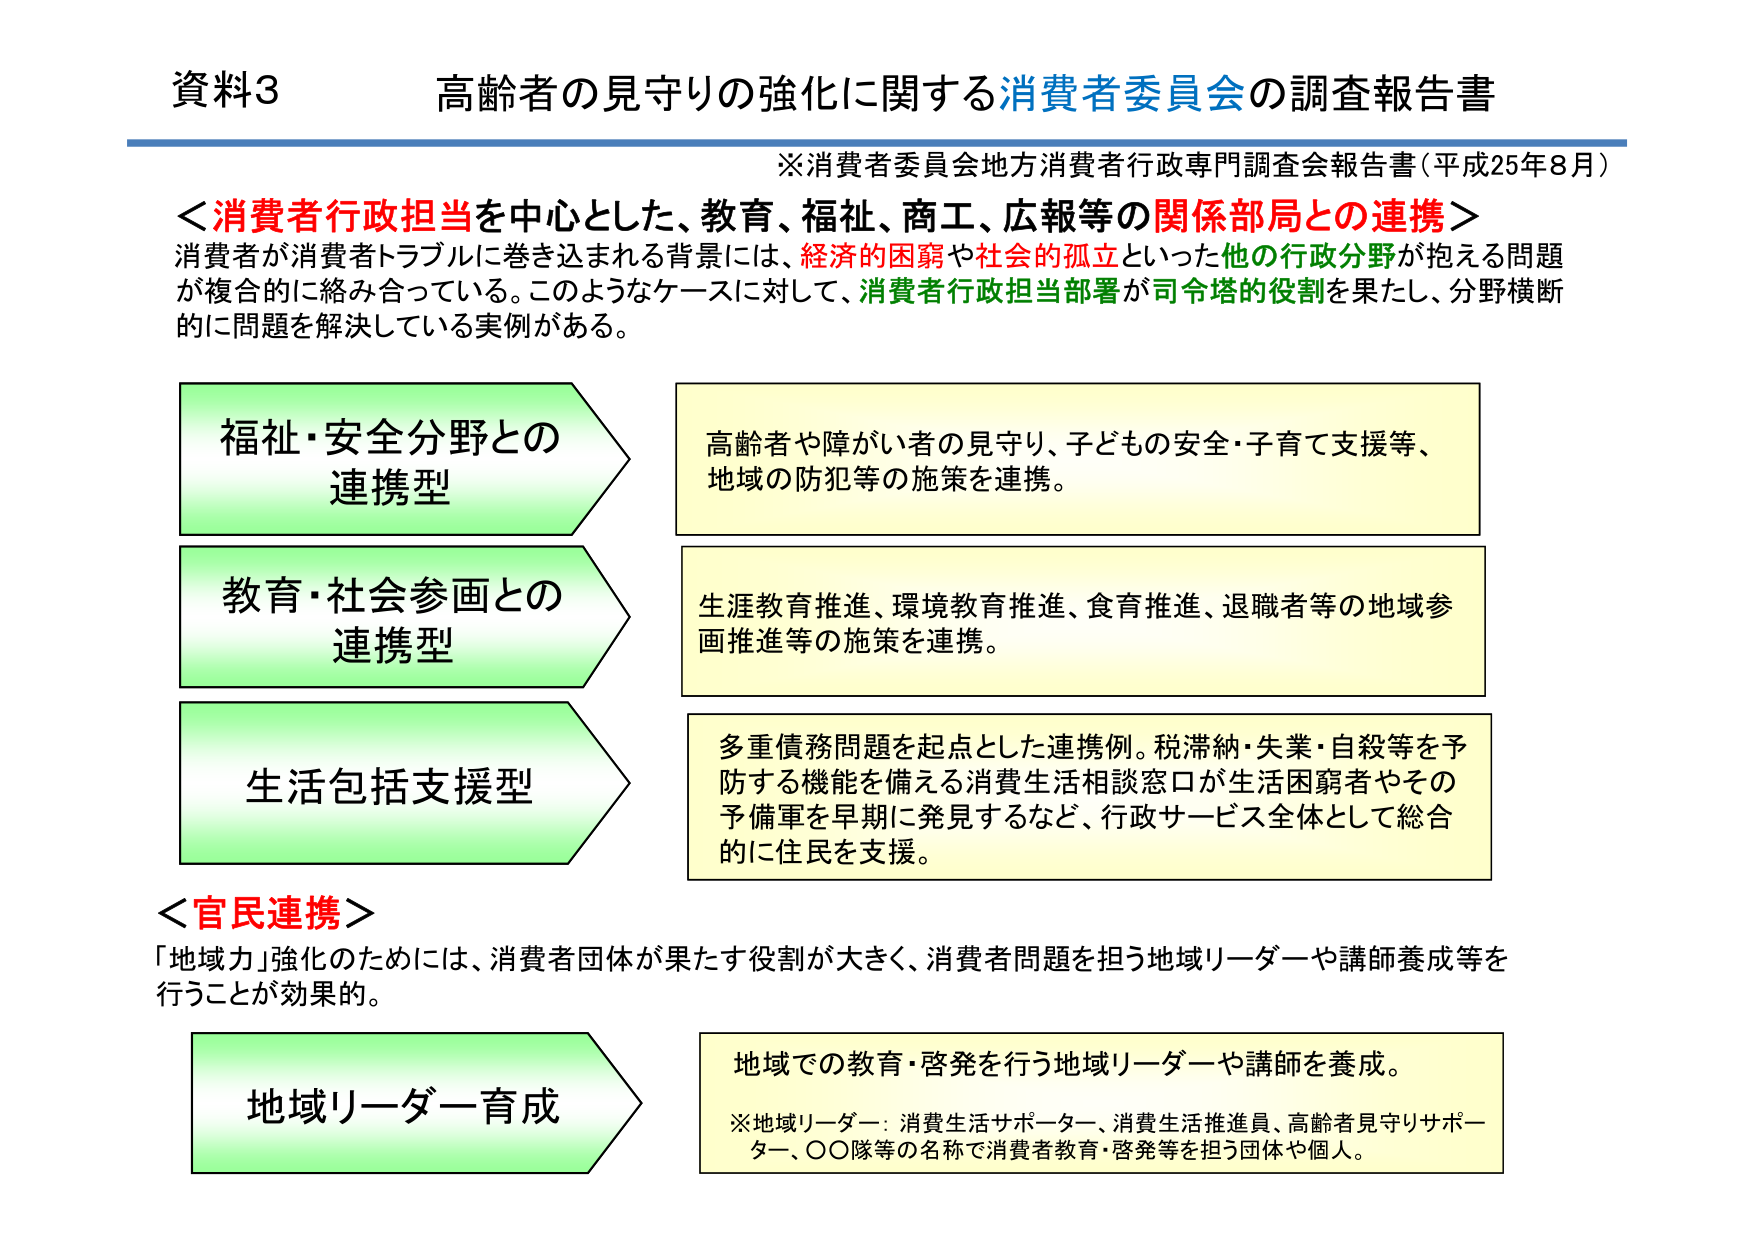
資料3 高齢者の見守りの強化に関する消費者委員会の調査報告書
※消費者委員会地方消費者行政専門調査会報告書（平成25年8月）

＜消費者行政担当を中心とした、教育、福祉、商工、広報等の関係部局との連携＞
消費者が消費者トラブルに巻き込まれる背景には、経済的困窮や社会的孤立といった他の行政分野が抱える問題が複合的に絡み合っている。このようなケースに対して、消費者行政担当部署が司令塔的役割を果たし、分野横断的に問題を解決している実例がある。

福祉・安全分野との
連携型
高齢者や障がい者の見守り、子どもの安全・子育て支援等、
地域の防犯等の施策を連携。

教育・社会参画との
連携型
生涯教育推進、環境教育推進、食育推進、退職者等の地域参画推進等の施策を連携。

生活包括支援型
多重債務問題を起点とした連携例。税滞納・失業・自殺等を予防する機能を備える消費生活相談窓口が生活困窮者やその予備軍を早期に発見するなど、行政サービス全体として総合的に住民を支援。

＜官民連携＞
「地域力」強化のためには、消費者団体が果たす役割が大きく、消費者問題を担う地域リーダーや講師養成等を行うことが効果的。

地域リーダー育成
地域での教育・啓発を行う地域リーダーや講師を養成。
※地域リーダー：消費生活サポーター、消費生活推進員、高齢者見守りサポーター、〇〇隊等の名称で消費者教育・啓発等を担う団体や個人。